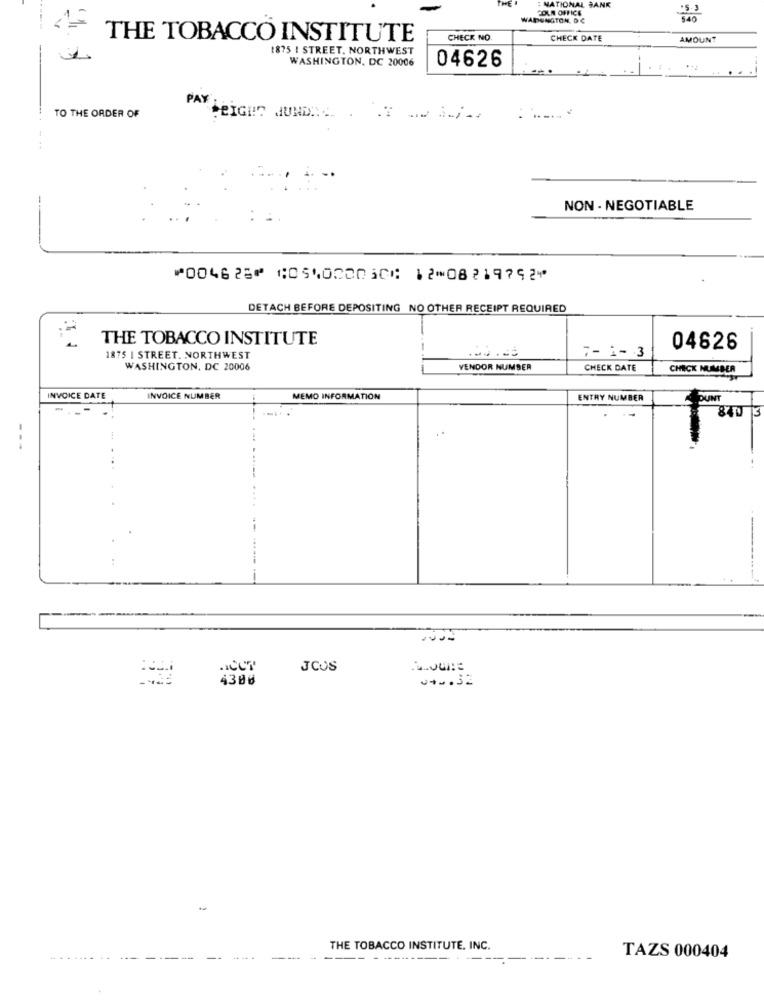
COLA OFFICE
: NATIONAL BANK
WAIDSNGTON, DC
THE TOBACCO INSTITUTE
CHECK NO.
CHECK DATE
AMOUNT
1875 I STREET, NORTHWEST
WASHINGTON, DC 20006
04626
TO THE ORDER OF
PAY PRIGHT JUNDIA. . . . ..
NON- NEGOTIABLE
⑈004628⑈ ⑆054000030⑆ 12⑉08219792⑈
DETACH BEFORE DEPOSITING NO OTHER RECEIPT REQUIRED
THE TOBACCO INSTITUTE
7-1-3
04626
1875 I STREET. NORTHWEST
WASHINGTON, DC 20006
VENDOR NUMBER
CHECK DATE
CHECK NUMBER
INVOICE DATE
INVOICE NUMBER
MEMO INFORMATION
ENTRY NUMBER
PUNT
840
ACCT
JCUS
4300
THE TOBACCO INSTITUTE, INC.
TAZS 000404
-----